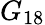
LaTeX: G_{18}